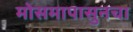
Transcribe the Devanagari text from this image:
मोसमापासुनचा